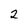
Character: 2